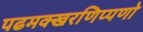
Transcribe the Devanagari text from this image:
पढमक्खरणिप्पणो